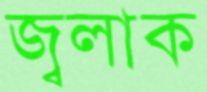
জ্বলাক